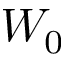
W _ { 0 }